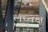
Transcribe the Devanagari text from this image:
लघ्वक्ष